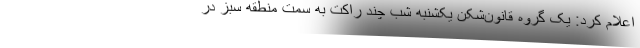
اعلام کرد: یک گروه قانون‌شکن یکشنبه شب چند راکت به سمت منطقه سبز در